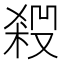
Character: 𠮁